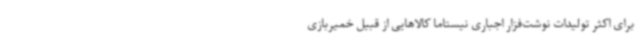
برای اکثر تولیدات نوشت‌فزار اجباری نیستاما کالاهایی از قبیل خمیربازی